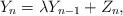
LaTeX: \begin{align*} Y_{n} = \lambda Y_{n-1} + Z_{n},\end{align*}